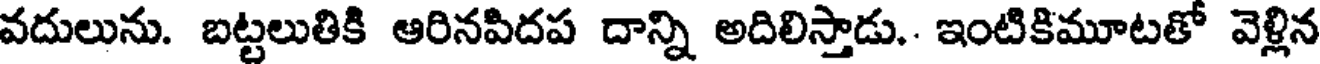
వదులును. బట్టలుతికి ఆరినపిదప దాన్ని అదిలిస్తాడు.. ఇంటికిమూటతో వెళ్లిన